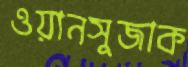
ওয়ানসুজাক